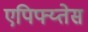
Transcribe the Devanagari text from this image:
एपिफ्य्तेस